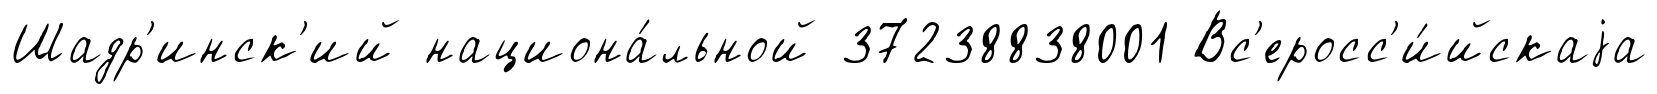
Шадр'инск'ий национа́льной 37238838001 Вс'еросс'и́йскаjа